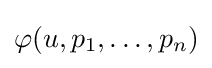
\varphi (u,p_{1},\ldots ,p_{n})